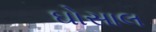
ઘોસાલ